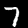
Label: 7